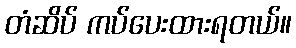
တံဆိပ် ကပ်ပေးထားရတယ်။